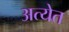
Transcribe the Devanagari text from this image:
अत्येत